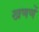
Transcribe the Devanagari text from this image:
खणणें